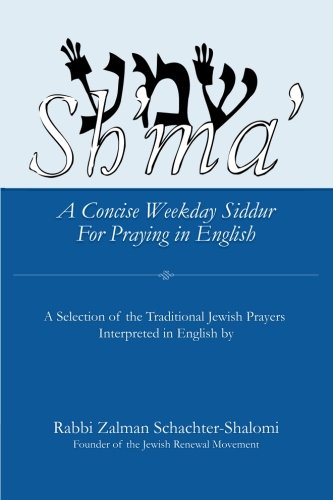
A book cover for Sh'ma': A Concise Weekday Siddur For Praying in English; Zalman Schachter-Shalomi; Religion & Spirituality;